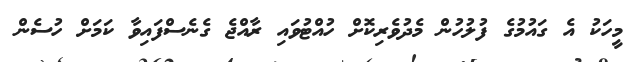
މީހަކު އެ ގައުމުގެ ފުލުހުން މެެދުވެރިކޮށް ހުއްޓުވައި ރާއްޖެ ގެނެސްފައިވާ ކަމަށް ހުސެން